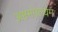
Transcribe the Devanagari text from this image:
अष्टमंगल्यम